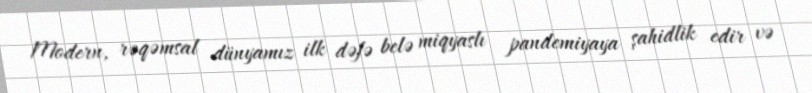
Modern, rəqəmsal dünyamız ilk dəfə belə miqyaslı pandemiyaya şahidlik edir və